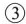
③